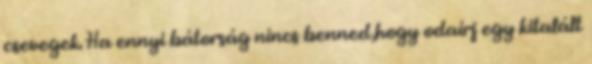
csevegek. Ha ennyi bátorság nincs benned,hogy odaírj egy kitalált